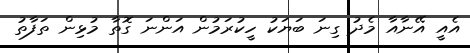
އެއީ އޭނާއާ މެދު ގިނަ ބަޔަކު ހީކުރަމުން އަންނަ ގޮތާ މުޅިން ތަފާތު